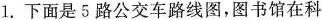
1. 下面是5路公交车路线图，图书馆在科